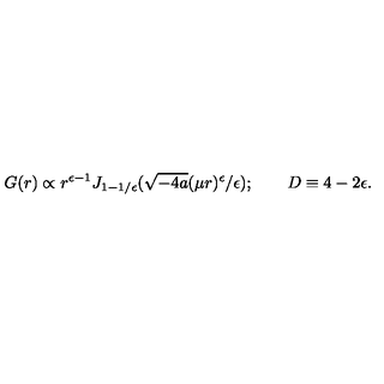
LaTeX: G ( r ) \propto r ^ { \epsilon - 1 } J _ { 1 - 1 / \epsilon } ( \sqrt { - 4 a } ( \mu r ) ^ { \epsilon } / \epsilon ) ; \qquad D \equiv 4 - 2 \epsilon .